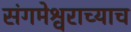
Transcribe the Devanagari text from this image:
संगमेश्वराच्याच